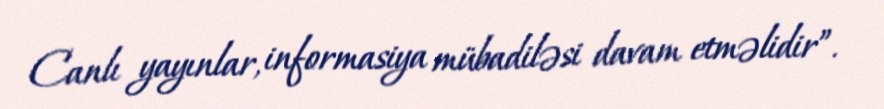
Canlı yayınlar, informasiya mübadiləsi davam etməlidir”.